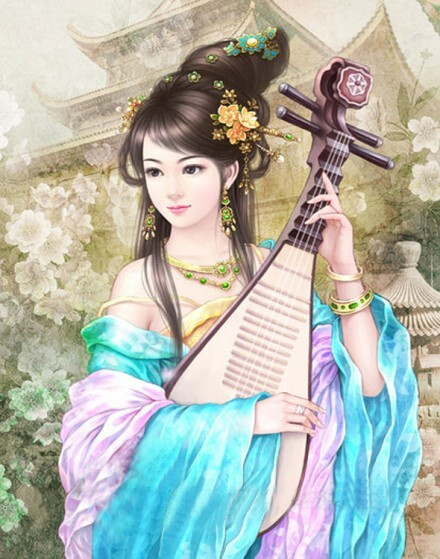
南朝千古伤心事，犹唱后庭花。